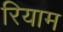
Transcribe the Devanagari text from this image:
रियाम